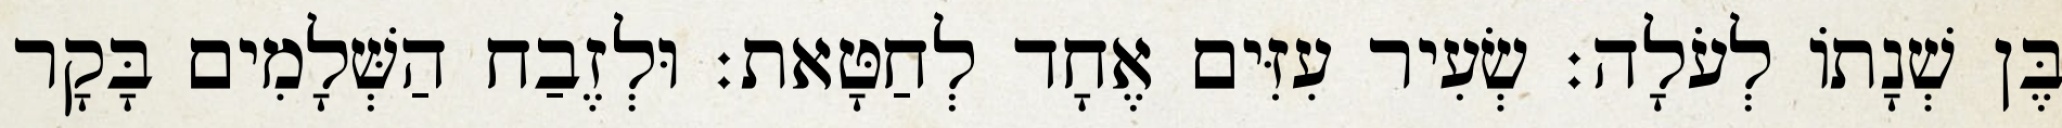
בֶּן שְׁנָתוֹ לְעֹלָה׃ שְׂעִיר עִזִּים אֶחָד לְחַטָּאת׃ וּלְזֶבַח הַשְּׁלָמִים בָּקָר